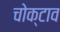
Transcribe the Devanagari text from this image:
चोक्टाव